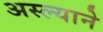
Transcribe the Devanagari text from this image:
अस्ल्याने